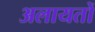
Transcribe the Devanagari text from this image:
अलायतों